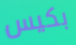
بكيس